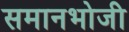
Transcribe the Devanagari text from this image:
समानभोजी